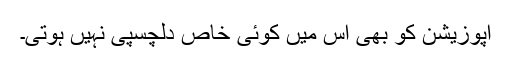
اپوزیشن کو بھی اس میں کوئی خاص دلچسپی نہیں ہوتی۔